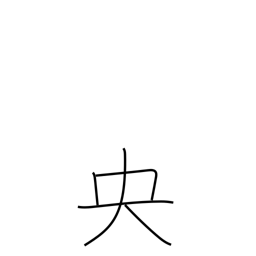
Meaning: middle